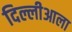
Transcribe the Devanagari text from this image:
दिल्लीआला